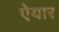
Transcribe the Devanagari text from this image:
ऐयार